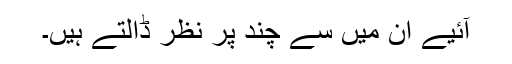
آئیے ان میں سے چند پر نظر ڈالتے ہیں۔